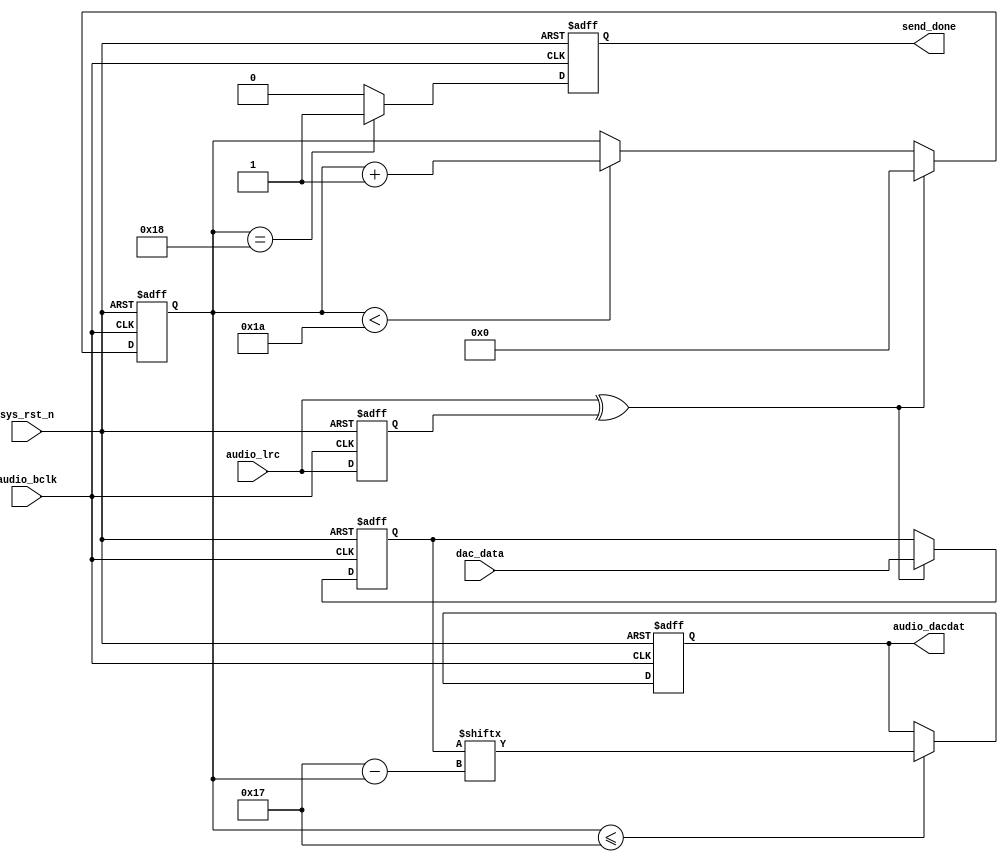
//////////////////////////////////////////////////////////////////////////////////
// Module Name: audio_send
// Project Name: audio_loopback
// Target Devices: Altera EP4CE10F17C8N
// Tool Versions: Quartus 13.0
// Description: 
//
// Revision:V1.1
// Additional Comments:
//
// :FPGA
//     :http://www.embedfire.com
//     :http://www.firebbs.cn
//     :https://fire-stm32.taobao.com
//////////////////////////////////////////////////////////////////////////////////

`timescale  1ns/1ns
module  audio_send
(
    input   wire            audio_bclk    ,  //WM8978
    input   wire            sys_rst_n     ,  //
    input   wire            audio_lrc     ,  //WM8978/
    input   wire    [23:0]  dac_data      ,  //WM8978

    output  reg             audio_dacdat  ,  //DACDATWM8978
    output  reg             send_done        //

);

//********************************************************************//
//****************** Parameter and Internal Signal *******************//
//********************************************************************//

//reg   define
reg             audio_lrc_d1;   //
reg     [4:0]   dacdat_cnt  ;   //DACDAT
reg     [23:0]  data_reg    ;   //dac_data

//wire  define
wire            lrc_edge    ;   //

//********************************************************************//
//***************************** Main Code ****************************//
//********************************************************************//

//
assign  lrc_edge = audio_lrc ^ audio_lrc_d1; 

//audio_lcr
always@(posedge audio_bclk  or  negedge sys_rst_n)
    if(sys_rst_n == 1'b0)
        audio_lrc_d1    <=  1'b0;
    else
        audio_lrc_d1    <=  audio_lrc;
        
//dacdat_cnt:
always@(posedge audio_bclk  or  negedge sys_rst_n)
    if(sys_rst_n == 1'b0)
        dacdat_cnt    <=  5'b0;
    else    if(lrc_edge == 1'b1)
        dacdat_cnt    <=  5'b0;
    else    if(dacdat_cnt < 5'd26)
        dacdat_cnt  <=  dacdat_cnt + 1'b1;
    else
        dacdat_cnt  <=  dacdat_cnt;

//dac_datadata_reg
always@(posedge audio_bclk  or  negedge sys_rst_n)
    if(sys_rst_n == 1'b0)
        data_reg    <=  24'b0;
    else    if(lrc_edge == 1'b1)
        data_reg <=  dac_data;
    else
        data_reg    <=  data_reg;
        
//data_regaudio_dacdat
always@(negedge audio_bclk  or  negedge sys_rst_n)
    if(sys_rst_n == 1'b0)
        audio_dacdat    <=  1'b0;
    else    if(dacdat_cnt <= 5'd23)
        audio_dacdat    <=  data_reg[23 - dacdat_cnt];
    else
        audio_dacdat    <=  audio_dacdat;

//
always@(posedge audio_bclk  or  negedge sys_rst_n)
    if(sys_rst_n == 1'b0)
        send_done    <=  1'b0;
    else    if(dacdat_cnt == 5'd24)
        send_done    <=  1'b1;
    else
        send_done    <=  1'b0;

endmodule